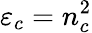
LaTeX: \varepsilon_{c}=n_{c}^{2}